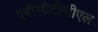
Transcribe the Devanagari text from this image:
एबीसीटीसीएल